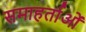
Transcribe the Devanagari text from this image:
समाहर्ताओं